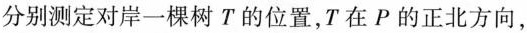
分别测定对岸一棵树T的位置，T在P的正北方向，